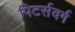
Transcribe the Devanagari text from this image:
पिटर्सवर्ग